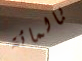
بالمائة